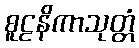
စူဠနိကာသုတ္တံ